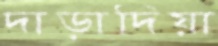
দাড়াদিয়া